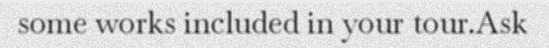
some works included in your tour.Ask